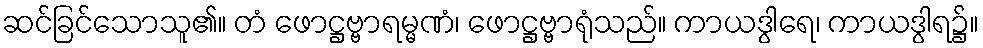
ဆင်ခြင်သောသူ၏။ တံ ဖောဋ္ဌဗ္ဗာရမ္မဏံ၊ ဖောဋ္ဌဗ္ဗာရုံသည်။ ကာယဒွါရေ၊ ကာယဒွါရ၌။